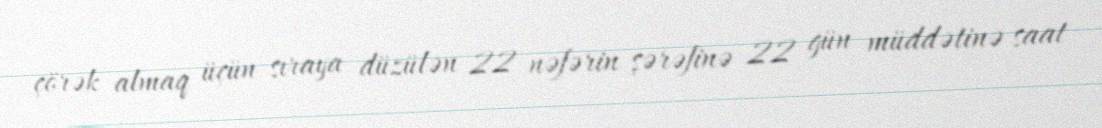
çörək almaq üçün sıraya düzülən 22 nəfərin şərəfinə 22 gün müddətinə saat